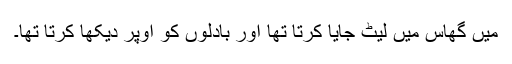
میں گھاس میں لیٹ جایا کرتا تھا اور بادلوں کو اوپر دیکھا کرتا تھا۔